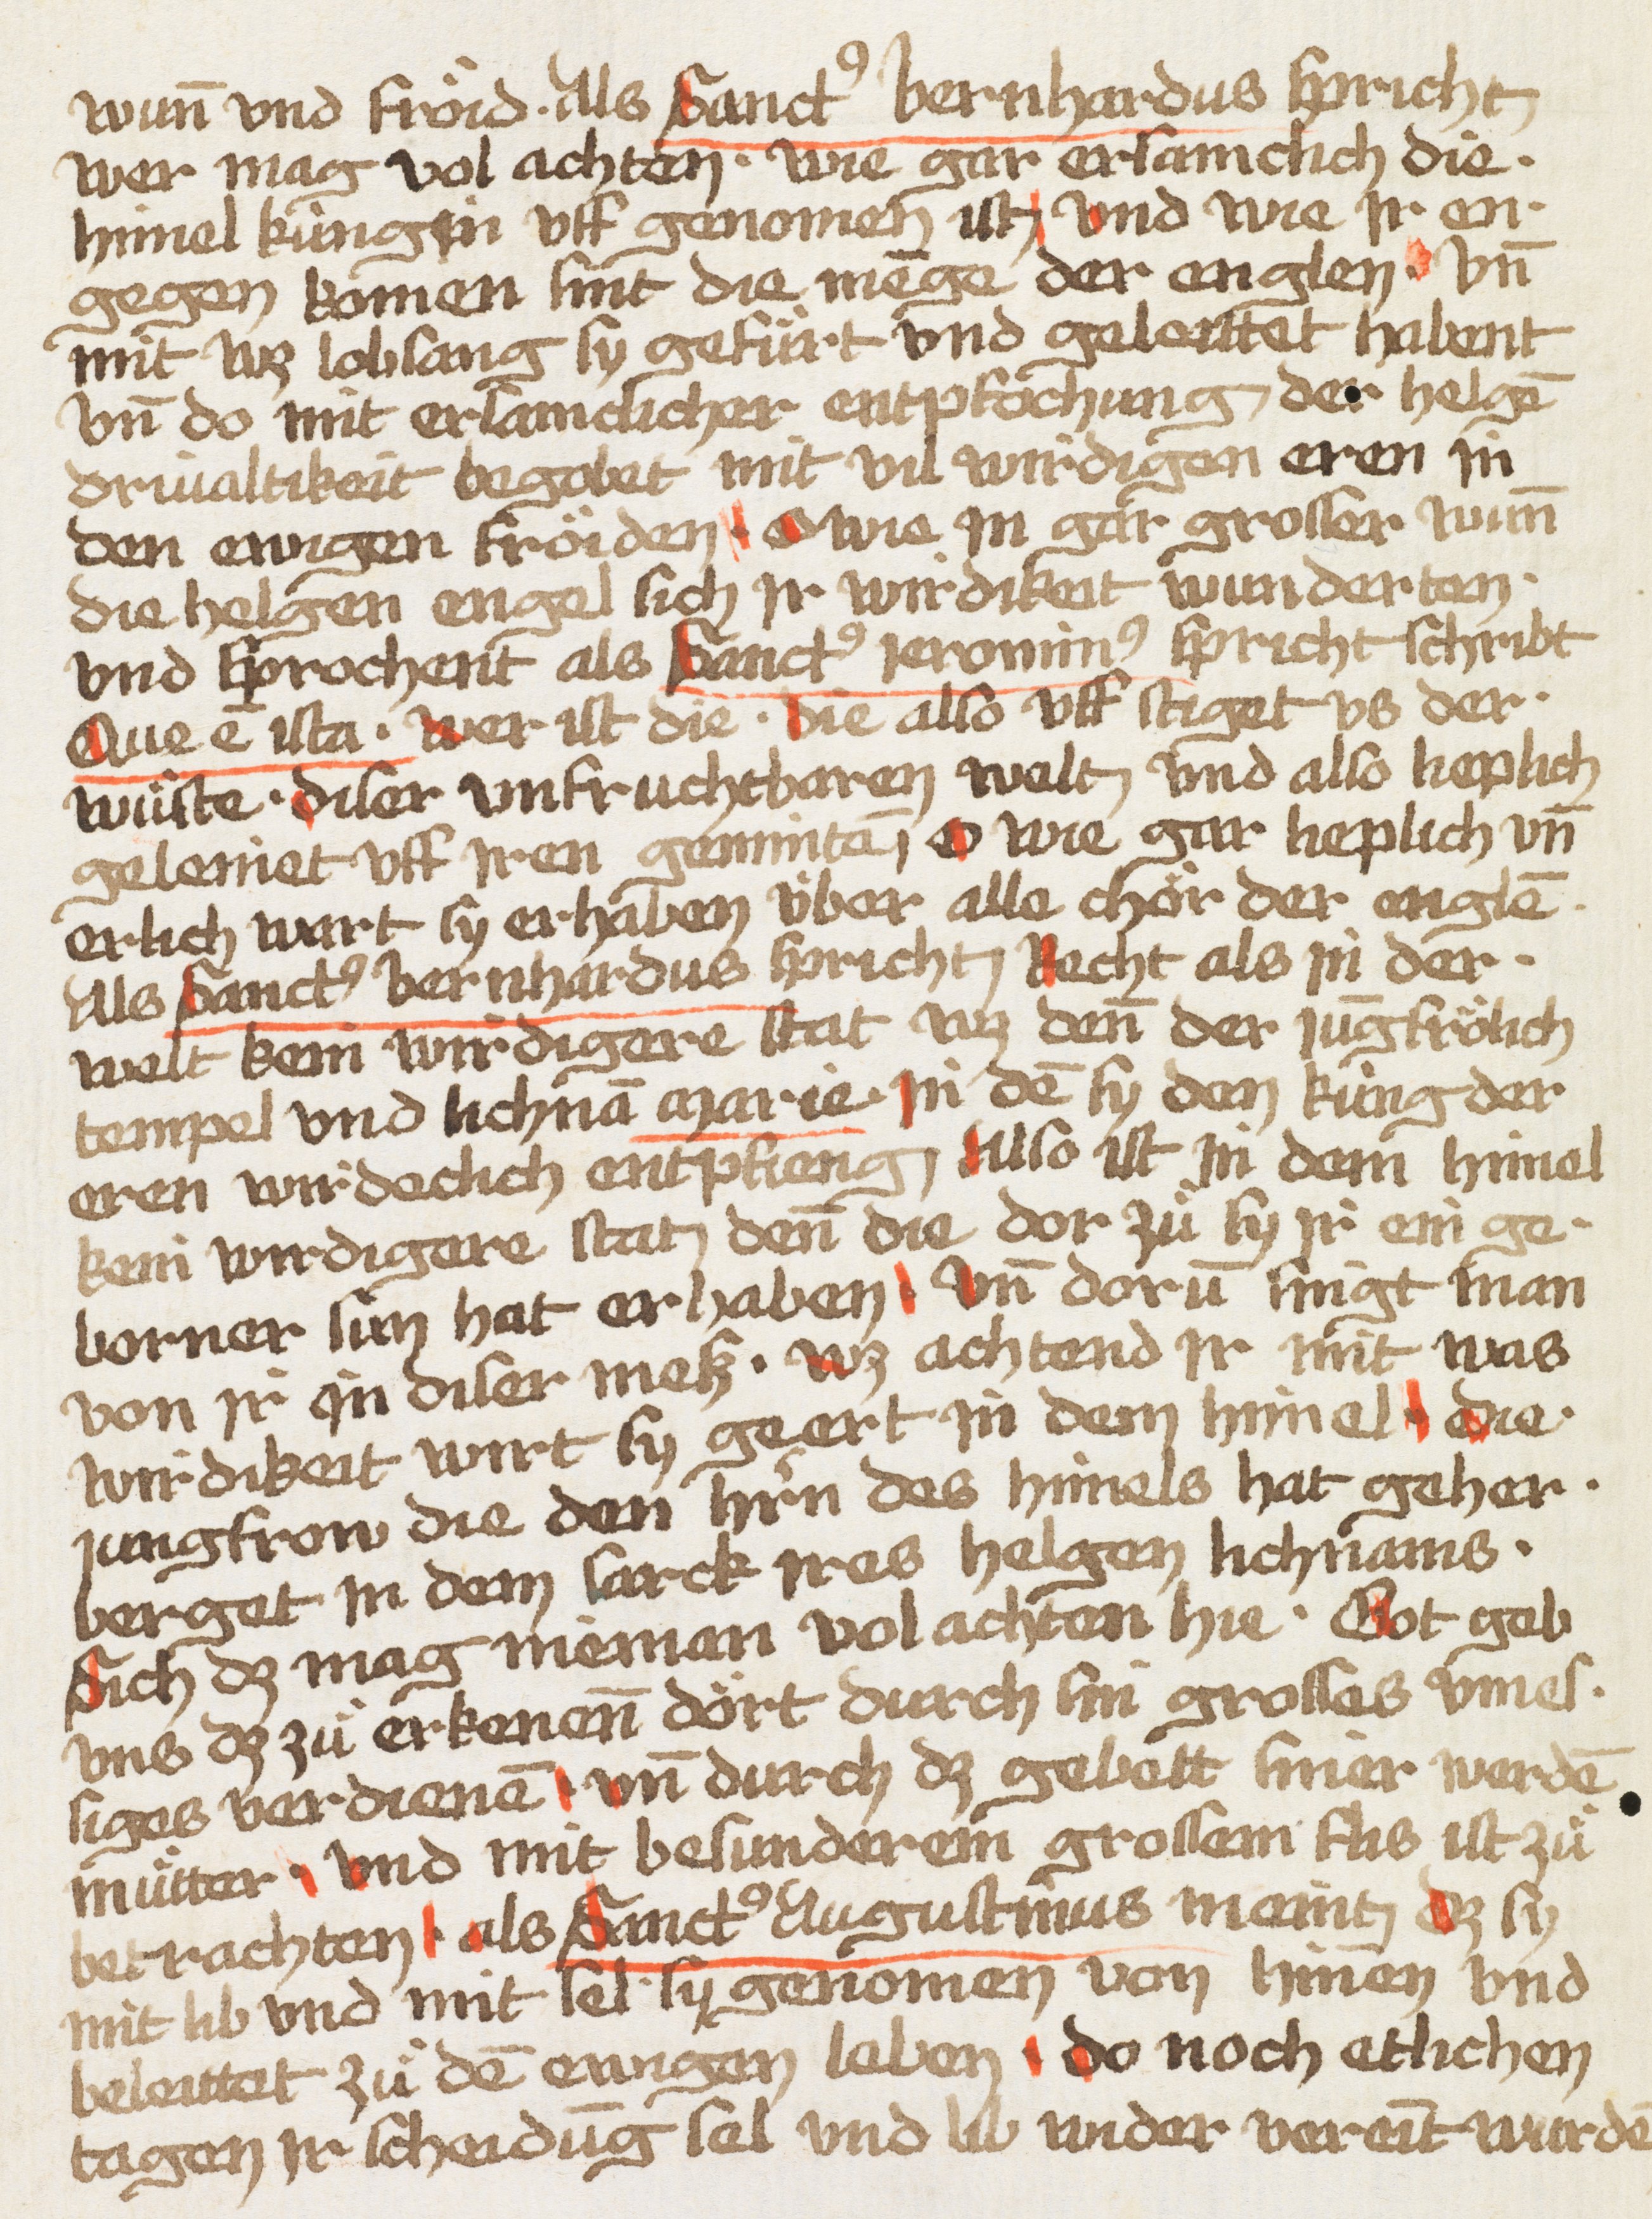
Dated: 1470–1480